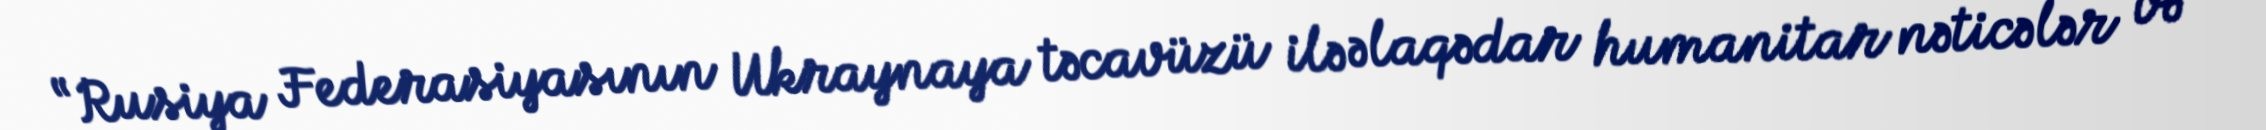
“Rusiya Federasiyasının Ukraynaya təcavüzü ilə əlaqədar humanitar nəticələr və